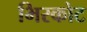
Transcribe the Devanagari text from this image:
भिरकोट